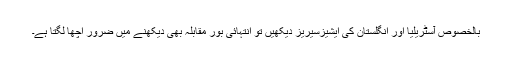
بالخصوص آسٹریلیا اور انگلستان کی ایشیزسیریز دیکھیں تو انتہائی بور مقابلہ بھی دیکھنے میں ضرور اچھا لگتا ہے۔